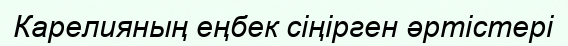
Карелияның еңбек сіңірген әртістері